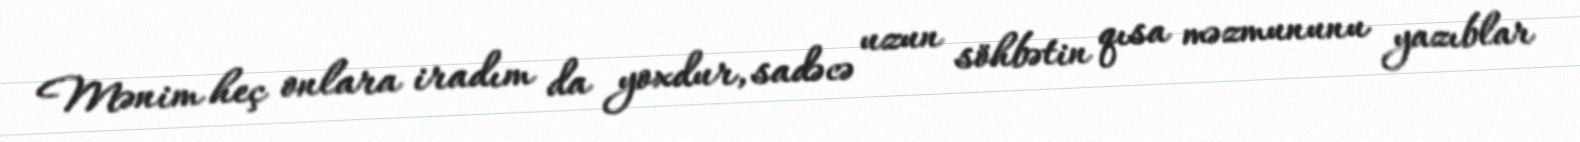
Mənim heç onlara iradım da yoxdur, sadəcə uzun söhbətin qısa məzmununu yazıblar